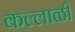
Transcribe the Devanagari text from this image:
कल्लाळी